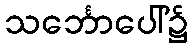
သင်္ဘောပေါ်၌